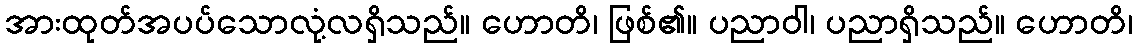
အားထုတ်အပပ်သောလုံ့လရှိသည်။ ဟောတိ၊ ဖြစ်၏။ ပညာဝါ၊ ပညာရှိသည်။ ဟောတိ၊